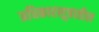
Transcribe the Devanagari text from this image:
अधिकारसूत्रातील